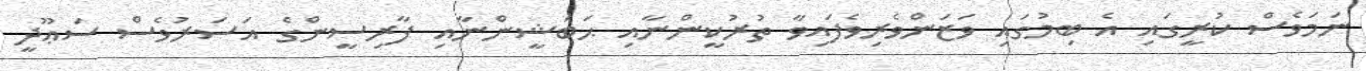
ނަމަވެސް ކުރީގައި އެ ބިމުގައި ވަޒަންވެރިވެފައިވާ ތުރުކީންނާއި ޙަބަޝީންނާއި ފާރިސީންގެ އަސަރުވެސް ސަޢޫދީ